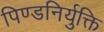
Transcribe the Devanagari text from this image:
पिण्डनिर्युक्ति